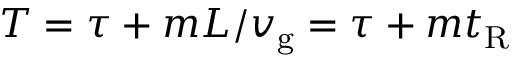
T = \tau + m L / v _ { \mathrm { g } } = \tau + m t _ { \mathrm { R } }